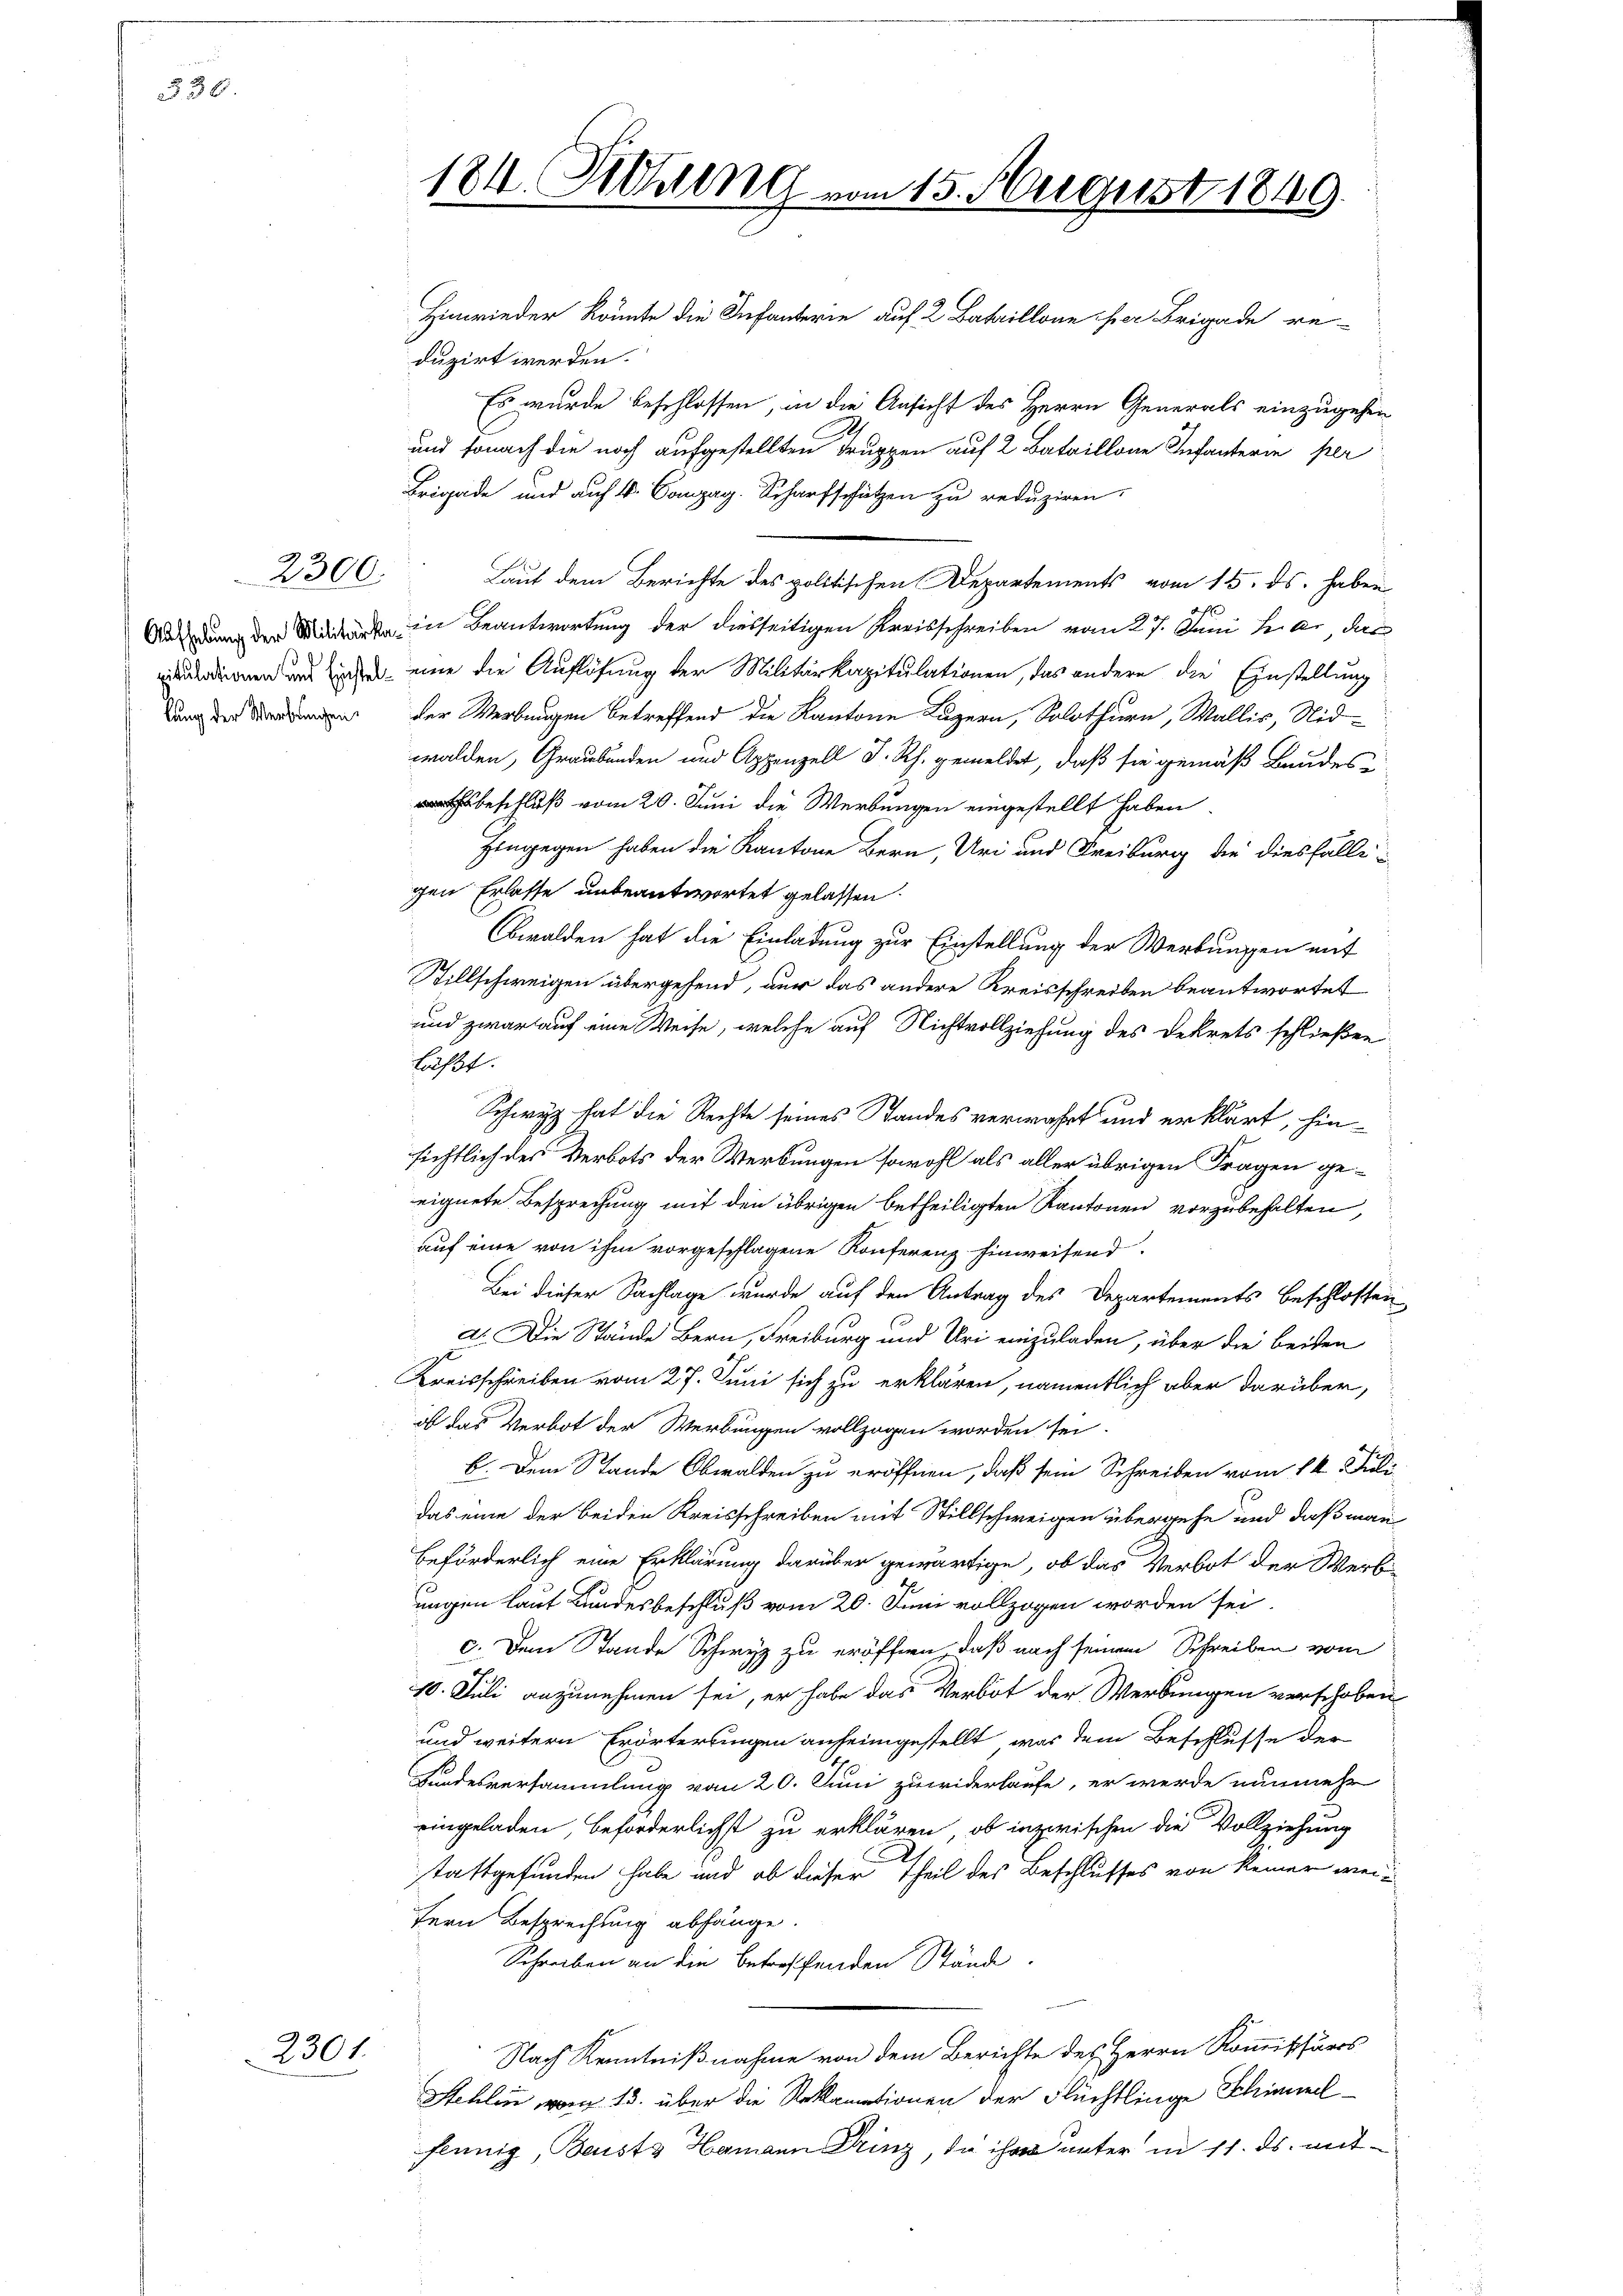
§ 38.

2300.

lung der Werbungen

2301.

184. Sitzung vom 15. August 1849.

Hinwieder könnte die Infanterie auf 2 Bataillone her Brigade re-
duzirt werden.
Es wurde beschlossen, in die Ansicht des Herrn Generals einzugehen
und sonach die noch aufgestellten Truppen auf 2 Bataillone Infanterie per
Brigade und auf 4. Compag. Scharfschützen zu reduziren.
Laut dem Berichte des politischen Departements vom 15. ds. haben
 der in Beantwortung der diesseitigen Kreisschreiben vom 27. Juni hier, das
ndienen an in eine die Auflösung der Militärkapitulationen, das andere die Einstellung
der Werbungen betreffend die Kantone Luzern, Solothurn, Wallis, Nidwalden, Graubünden und Appenzell I. Rh. gemeldet, daß sie gemäß Bandesthsbeschluß vom 20. Juni die Werbungen eingestellt haben.
Eingegen haben die Kantone Bern, Uri und Freiburg die diesfälligen Erlasse unbeantwortet gelassen.
Obwalden hat die Einladung zur Einstellung der Werbungen mit
Stillschweigen übergehend, nur das andere Kreisschreiben beantwortet
und zwar auf eine Weise, welche auf Nichtvollziehung des Dekrets schließen
führt.
Schwyz hat die Rechte seines Standes verwahrt und erklärt, hinsichtlich des Verbots der Werbungen sowohl als aller übrigen Fragen geeignete Besprechung mit den übrigen betheiligten Kantonen vorzubehalten,
auf eine von ihm vorgeschlagene Konferenz hinweisend
Bei dieser Sachlage wurde auf den Antrag des Departements beschlossen
I. Die Stände Bern, Freiburg und Uri einzuladen, über die beiden
Kreisschreiben vom 27. Juni sich zu erklären, namentlich aber darüber,
ob das Verbot der Werbungen vollzogen worden sei.
b. Dem Stande Obwalden zu eröffnen, daß sein Schreiben vom 14. Juli
das eine der beiden Kreisschreiben mit Stillschweigen übergehe und daß man
beförderlich eine Erklärung darüber gewärtige, ob das Verbot der Werb
ungen laut Bundesbeschluß vom 20. Juni vollzogen worden sei.
c. Dem Stande Schwyz zu eröffnen, daß nach seinem Schreiben vom
10. Juli anzunehmen sei, er habe das Verbot der Werbungen verschoben
und weitern Erörterlingen anheimgestellt, was dem Beschlusse der
Sundesversammlung vom 20. Juni zuwiderlaufe, er werde nunmehr
eingeladen, beforderlichst zu erklären, ob inzwischen die Vollziehung
stattgefunden habe und ob dieser Theil des Beschlusses von keiner weifern Besprechung abhänge.
Schreiben an die betreffenden Stände.
Nach Kenntnißnahme von dem Berichte des Herrn Kommissärs
Stehlin vom 13. über die Reklamationen der Flüchtlinge Schimmel
flnnig, Beust Hamann Drinz, da ihm unter in 11. ds. mit¬